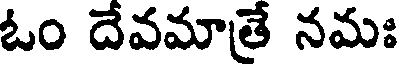
ఓం దేవమాతే నమః